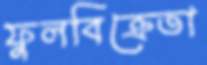
ফুলবিক্রেতা